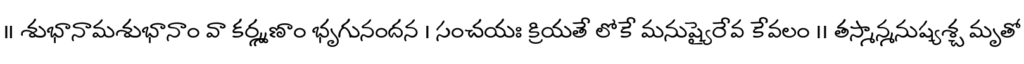
॥ శుభానామశుభానాం వా కర్మ్మణాం భృగునందన । సంచయః క్రియతే లోకే మనుష్యైరేవ కేవలం ।। తస్మాన్మనుష్యశ్చ మృతో